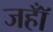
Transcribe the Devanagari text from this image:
जहॉँ